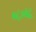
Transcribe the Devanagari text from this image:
०८०६८